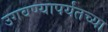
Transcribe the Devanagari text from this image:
उगवण्यापर्यंतच्या